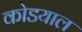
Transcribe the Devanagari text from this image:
कोडयाल